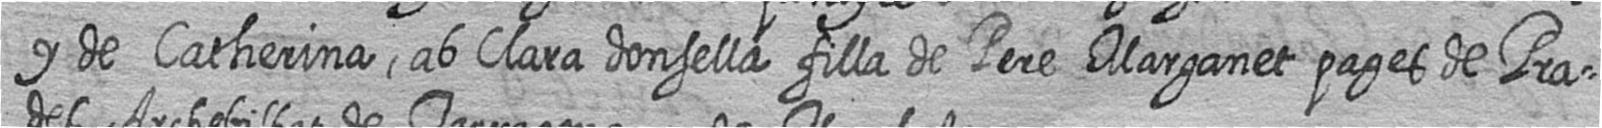
y de Catherina ab Clara donsella filla de Pere Marganet pages de Pra=